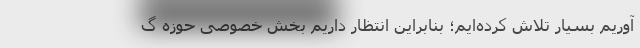
آوریم بسیار تلاش کرده‌ایم؛ بنابراین انتظار داریم بخش خصوصی حوزه گ